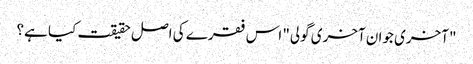
"آخری جوان آخری گولی" اس فقرے کی اصل حقیقت کیا ہے؟